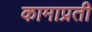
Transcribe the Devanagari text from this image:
कामाप्रती